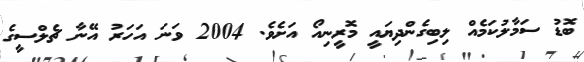
ބޮޑު ސަމާލުކަމެއް ލިބިގެންދިޔައީ މޮރީނިއޯ އަށެވެ. 2004 ވަނަ އަހަރު އޭނާ ޗެލްސީގެ